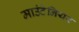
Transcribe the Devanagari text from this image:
माउंटेनियर